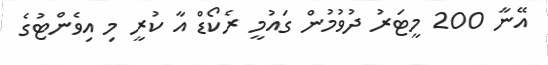
އޭނާ 200 މީޓަރު ދުވުމުން ގައުމީ ރެކޯޑް އާ ކުރީ މި އިވެންޓުގެ